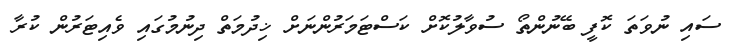
ސައި ނުވަތަ ކޮފީ ބޭނުންތޯ ސުވާލުކޮށް ކަސްޓަމަރުންނަށް ޚިދުމަތް ދިނުމުގައި ވެއިޓަރުން ކުރާ